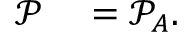
\begin{array} { r l } { \mathcal { P } } & { { } = \mathcal { P } _ { A } . } \end{array}